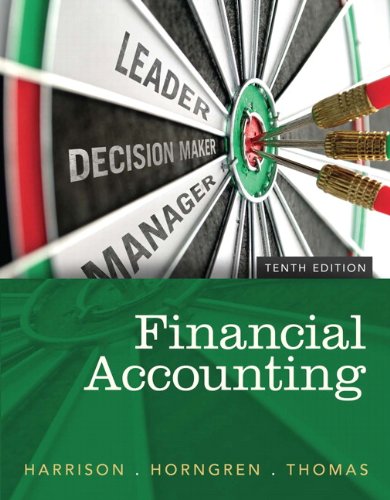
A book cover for Financial Accounting, 10th Edition; Walter T. Harrison Jr.; Business & Money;